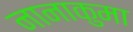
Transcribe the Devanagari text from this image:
नानाकुमा